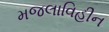
મજલાવિહીન